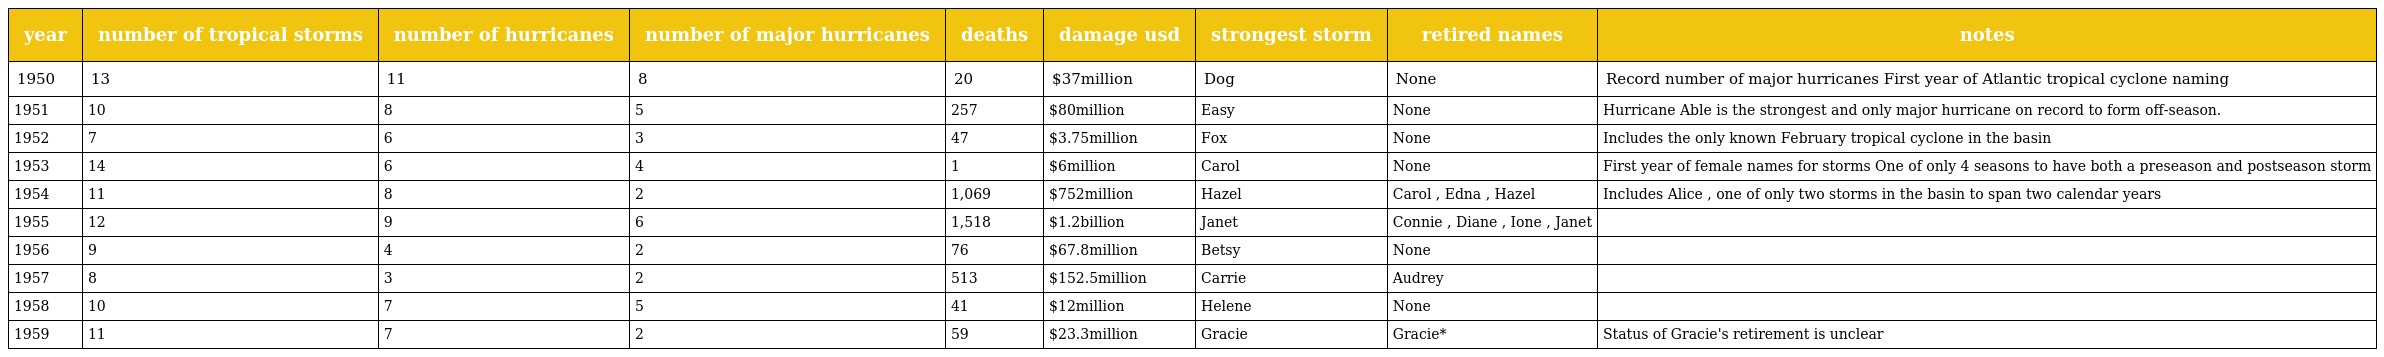
| year | number of tropical storms | number of hurricanes | number of major hurricanes | deaths | damage usd | strongest storm | retired names | notes |
 | --- | --- | --- | --- | --- | --- | --- | --- | --- |
 | 1950 | 13 | 11 | 8 | 20 | $37million | Dog | None | Record number of major hurricanes First year of Atlantic tropical cyclone naming |
 | 1951 | 10 | 8 | 5 | 257 | $80million | Easy | None | Hurricane Able is the strongest and only major hurricane on record to form off-season. |
 | 1952 | 7 | 6 | 3 | 47 | $3.75million | Fox | None | Includes the only known February tropical cyclone in the basin |
 | 1953 | 14 | 6 | 4 | 1 | $6million | Carol | None | First year of female names for storms One of only 4 seasons to have both a preseason and postseason storm |
 | 1954 | 11 | 8 | 2 | 1,069 | $752million | Hazel | Carol , Edna , Hazel | Includes Alice , one of only two storms in the basin to span two calendar years |
 | 1955 | 12 | 9 | 6 | 1,518 | $1.2billion | Janet | Connie , Diane , Ione , Janet |  |
 | 1956 | 9 | 4 | 2 | 76 | $67.8million | Betsy | None |  |
 | 1957 | 8 | 3 | 2 | 513 | $152.5million | Carrie | Audrey |  |
 | 1958 | 10 | 7 | 5 | 41 | $12million | Helene | None |  |
 | 1959 | 11 | 7 | 2 | 59 | $23.3million | Gracie | Gracie* | Status of Gracie's retirement is unclear |